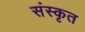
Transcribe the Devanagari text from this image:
संस्‍कृत